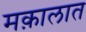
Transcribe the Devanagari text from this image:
मक़ालात